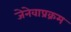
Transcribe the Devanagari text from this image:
जेनेवाप्रक्रम